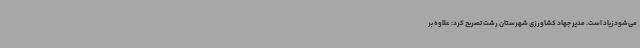
می‌شودزیاد است. مدیر جهاد کشاورزی شهرستان رشت تصریح کرد: علاوه بر